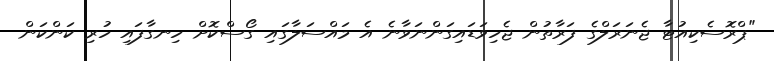
"ޕްރޮސެކިއުޓާ ޖެނަރަލްގެ ފަރާތުން ޖެހިވަޑައިގަންނަވާނެ އެ މައްސަލާގައި ގޯސްކޮށް ހިނގާފައި ހުރި ކަންކަން